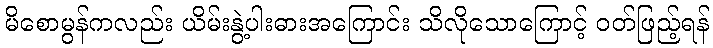
မိစောမွန်ကလည်း ယိမ်းနွဲ့ပါးဓားအကြောင်း သိလိုသောကြောင့် ဝတ်ဖြည့်ရန်